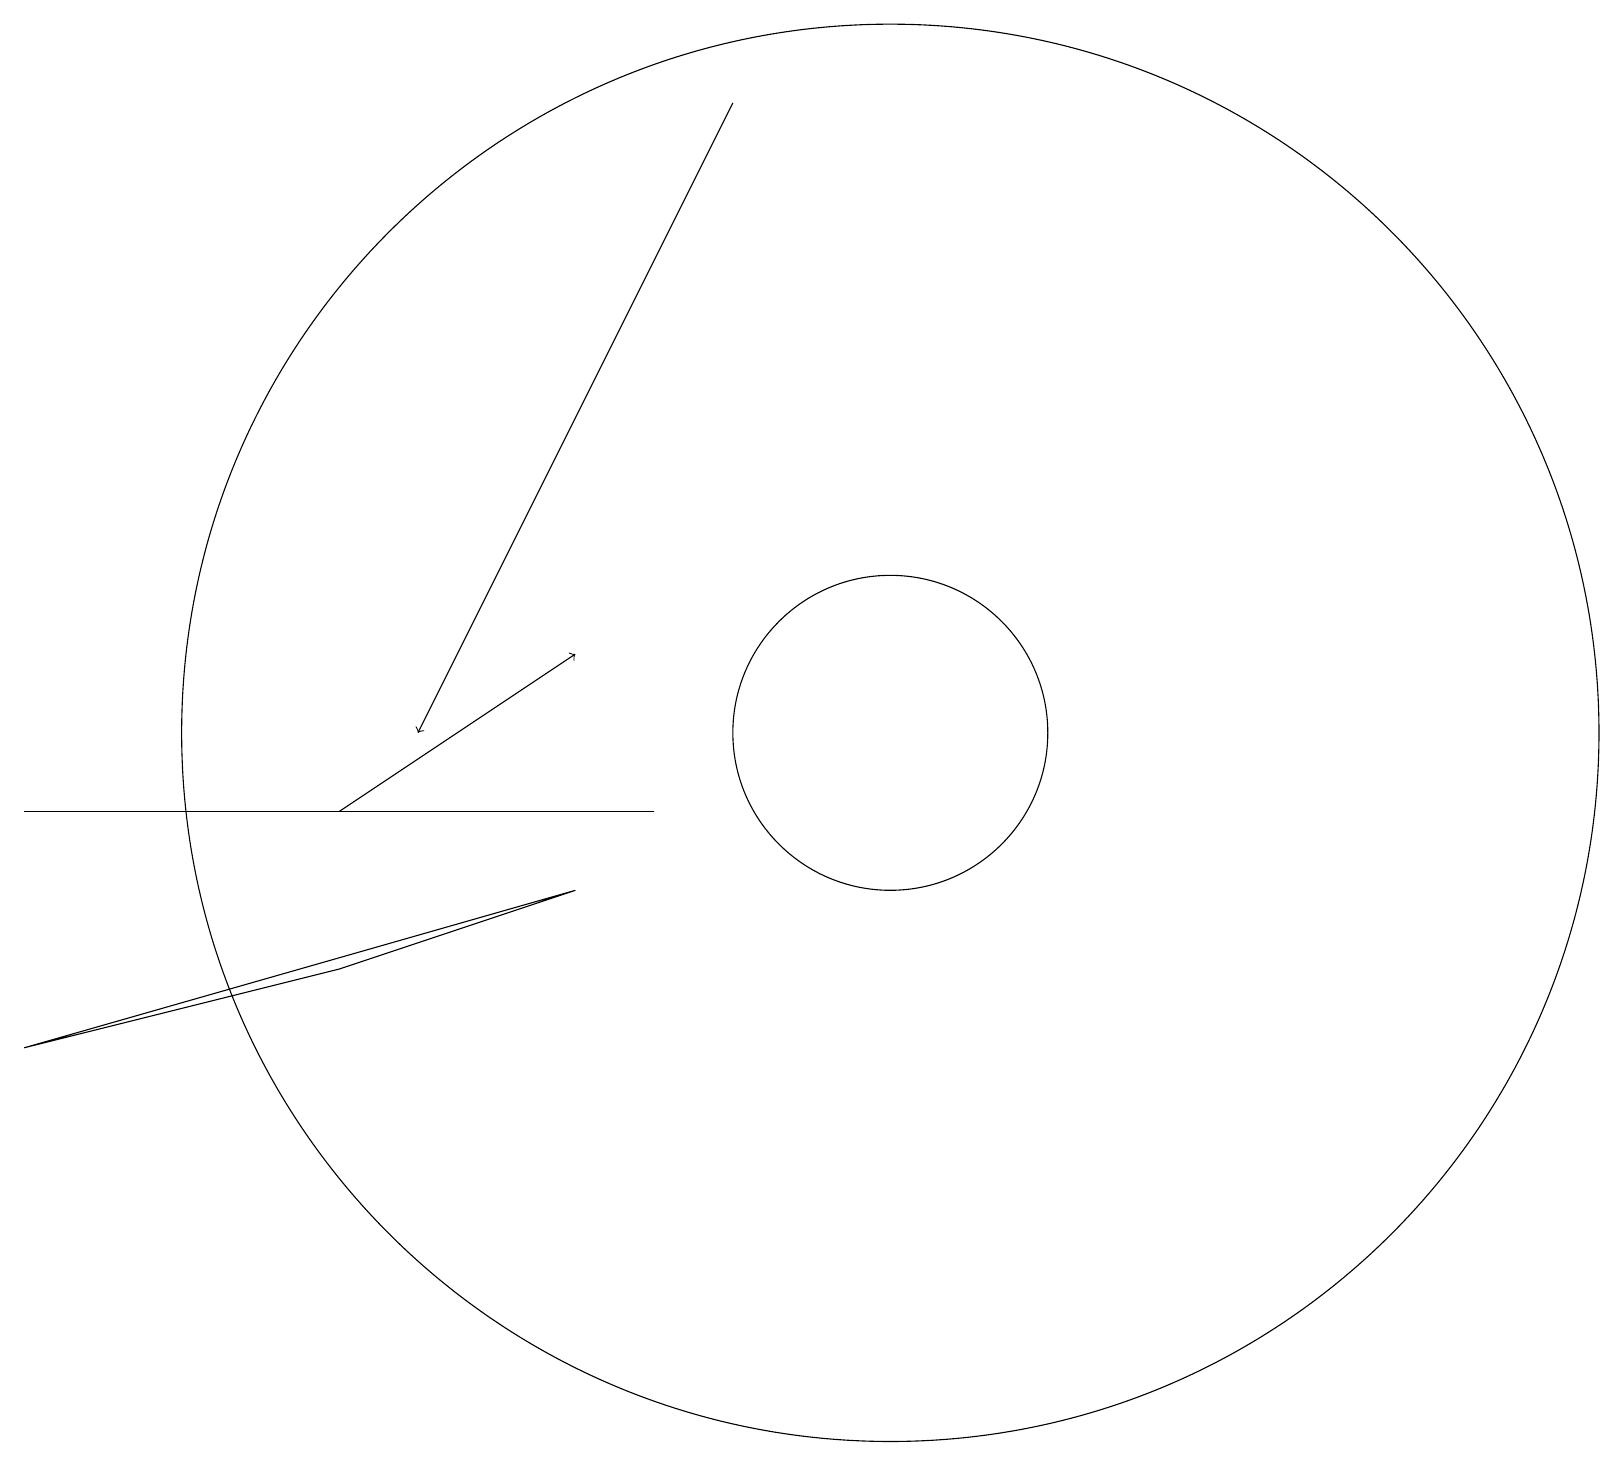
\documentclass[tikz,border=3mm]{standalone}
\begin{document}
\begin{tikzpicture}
\draw (11,11) circle (9);
\draw[->] (9,19) -- (5,11);
\draw (11,11) circle (2);
\draw[->] (4,10) -- (7,12);
\draw (8,10) rectangle (0,10);
\draw (7,9) -- (0,7) -- (4,8) -- cycle;
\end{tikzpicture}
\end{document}